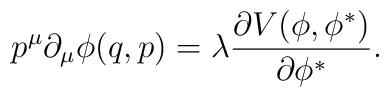
p^{\mu }\partial _{\mu }\phi (q,p)=\lambda \frac{\partial V(\phi ,\phi^{\ast })}{\partial \phi ^{\ast }}.